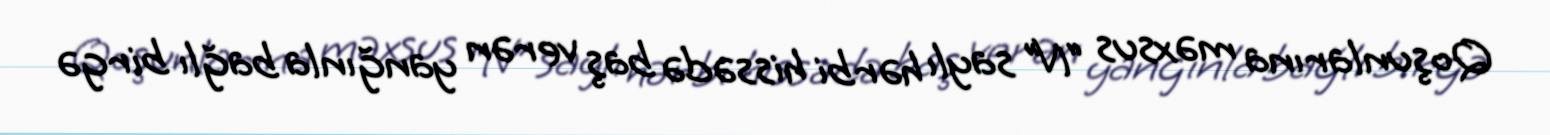
Qoşunlarına məxsus “N” saylı hərbi hissədə baş verən yanğınla bağlı birgə